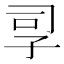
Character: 孠